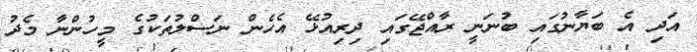
އަދި އެ ބަޔާނުގައި ބުނަނީ ރާއްޖޭގައި ދިރިއުޅޭ އެހެން ނަސްލުތަކުގެ މީހުންނާ މެދު